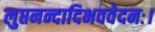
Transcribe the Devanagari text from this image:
लुप्तनन्दादिभववेदनः।